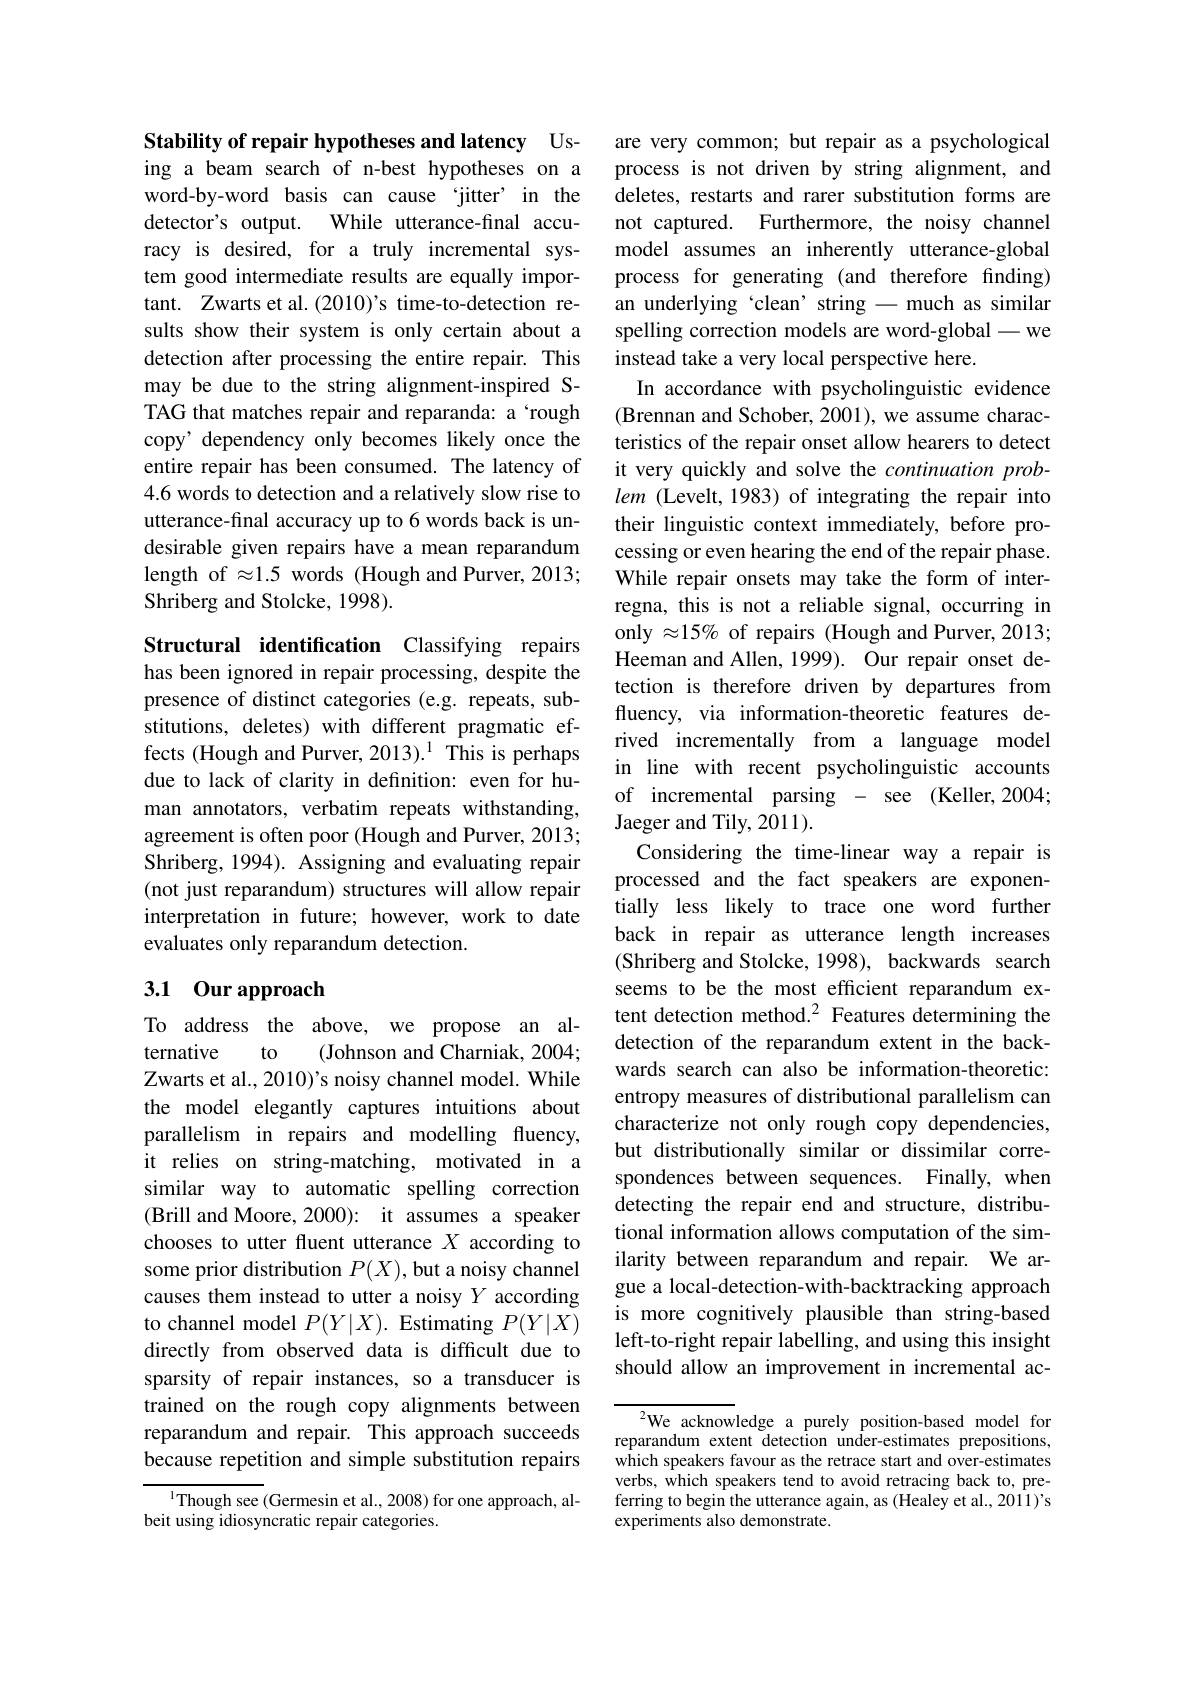
Stability of repair hypotheses and latency Using a beam search of n-best hypotheses on a word-by-word basis can cause ‘jitter’ in the detector's output. While utterance-final accuracy is desired, for a truly incremental system good intermediate results are equally important. Zwarts et al.(2010)'s time-to-detection results show their system is only certain about a detection after processing the entire repair. This may be due to the string alignment-inspired STAG that matches repair and reparanda: a‘rough copy’ dependency only becomes likely once the entire repair has been consumed. The latency of 4.6 words to detection and a relatively slow rise to utterance-final accuracy up to 6 words back is undesirable given repairs have a mean reparandum length of $\approx1.5$ words (Hough and Purver, 2013; Shriberg and Stolcke, 1998).

Structural identification Classifying repairs has been ignored in repair processing, despite the presence of distinct categories (e.g. repeats, substitutions, deletes) with different pragmatic efdue to lack of clarity in definition: even for human annotators, verbatim repeats withstanding, agreement is often poor (Hough and Purver, 2013; Shriberg, 1994). Assigning and evaluating repair (not just reparandum) structures will allow repair interpretation in future; however, work to date evaluates only reparandum detection.

## 3.1 0ur approach

To address the above, we propose an al-
ternative
to
(Johnson and Charniak, 2004;
Zwarts et al., 2010)'s noisy channel model. While the model elegantly captures intuitions about parallelism in repairs and modelling fluency, it relies on string-matching, motivated in a similar way to automatic spelling correction (Brill and Moore, 2000): it assumes a speaker chooses to utter fluent utterance $X$ according to some prior distribution $P(X)$, but a noisy channel causes them instead to utter a noisy $Y$ according to channel model $P(Y|X).$ Estimating $P(Y|X)$ directly from observed data is difficult due to sparsity of repair instances, so a transducer is trained on the rough copy alignments between reparandum and repair. This approach succeeds because repetition and simple substitution repairs

$^{1}$Though see (Germesin et al., 2008) for one approach, al-
beit using idiosyncratic repair categories.

are very common; but repair as a psychological process is not driven by string alignment, and deletes, restarts and rarer substitution forms are not captured. Furthermore, the noisy channel model assumes an inherently utterance-global process for generating (and therefore finding) an underlying ‘clean’string -much as similar spelling correction models are word-global -we instead take a very local perspective here.
In accordance with psycholinguistic evidence (Brennan and Schober, 2001), we assume characteristics of the repair onset allow hearers to detect it very quickly and solve the continuation problem (Levelt, 1983) of integrating the repair into their linguistic context immediately, before processing or even hearing the end of the repair phase. While repair onsets may take the form of interregna, this is not a reliable signal, occurring in only $\approx15\%$ of repairs (Hough and Purver, 2013; Heeman and Allen, 1999). Our repair onset detection is therefore driven by departures from fluency, via information-theoretic features derived incrementally from a language model
fects (Hough and Purver, 2013).$^1$ This is perhaps $\begin{array} { c c } \text{rived}& \text{incrementally}& \text{from a}\\ \text{in}& \text{line with}& \text{recent}& \text{psycholinguistic}\end{array}$ accounts
of incremental parsing - see (Keller,2004;
Jaeger and Tily, 2011).
Considering the time-linear way a repair is processed and the fact speakers are exponentially less likely to trace one word further back in repair as utterance length increases (Shriberg and Stolcke, 1998), backwards search seems to be the most efficient reparandum extent detection method.2 Features determining the detection of the reparandum extent in the backwards search can also be information-theoretic: entropy measures of distributional parallelism can characterize not only rough copy dependencies, but distributionally similar or dissimilar correspondences between sequences. Finally, when detecting the repair end and structure, distributional information allows computation of the similarity between reparandum and repair. We argue a local-detection-with-backtracking approach is more cognitively plausible than string-based left-to-right repair labelling, and using this insight should allow an improvement in incremental ac-

$^{2}$We acknowledge a purely position-based model for reparandum extent detection under-estimates prepositions, which speakers favour as the retrace start and over-estimates verbs, which speakers tend to avoid retracing back to, preferring to begin the utterance again, as (Healey et al., 2011)'s experiments also demonstrate.